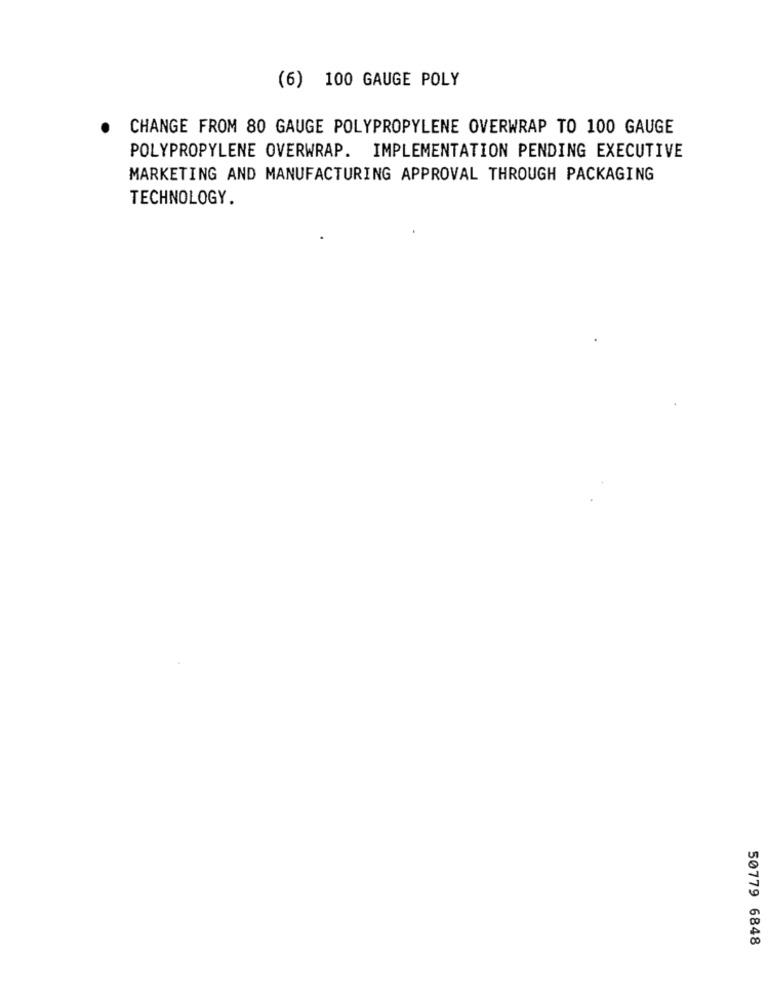
(6) 100 GAUGE POLY
CHANGE FROM 80 GAUGE POLYPROPYLENE OVERWRAP TO 100 GAUGE
POLYPROPYLENE OVERWRAP. IMPLEMENTATION PENDING EXECUTIVE
MARKETING AND MANUFACTURING APPROVAL THROUGH PACKAGING
TECHNOLOGY.
50779 6848